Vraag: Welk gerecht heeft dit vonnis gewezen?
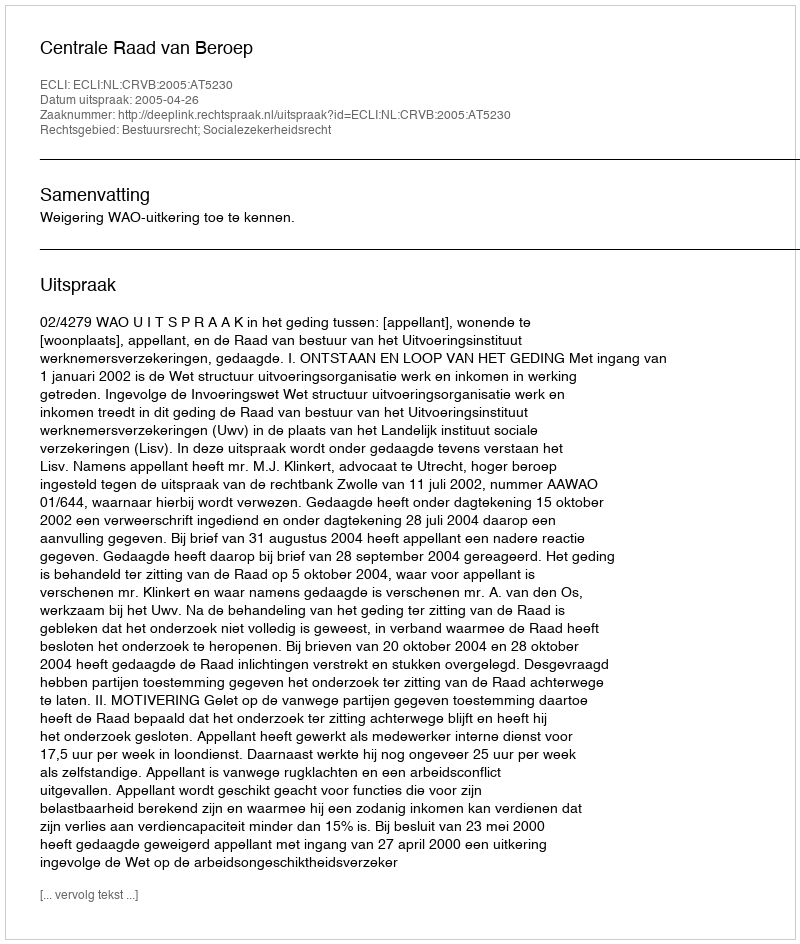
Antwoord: Centrale Raad van Beroep